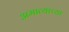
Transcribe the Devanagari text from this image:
अमात्याच्या